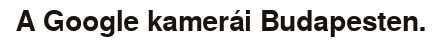
A Google kamerái Budapesten.